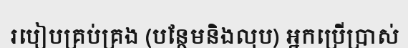
របៀបគ្រប់គ្រង (បន្ថែមនិងលុប) អ្នកប្រើប្រាស់